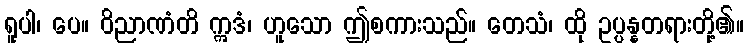
ရူပါ၊ ပေ။ ဝိညာဏံတိ ဣဒံ၊ ဟူသော ဤစကားသည်။ တေသံ၊ ထို ဥပ္ပန္နတရားတို့၏။